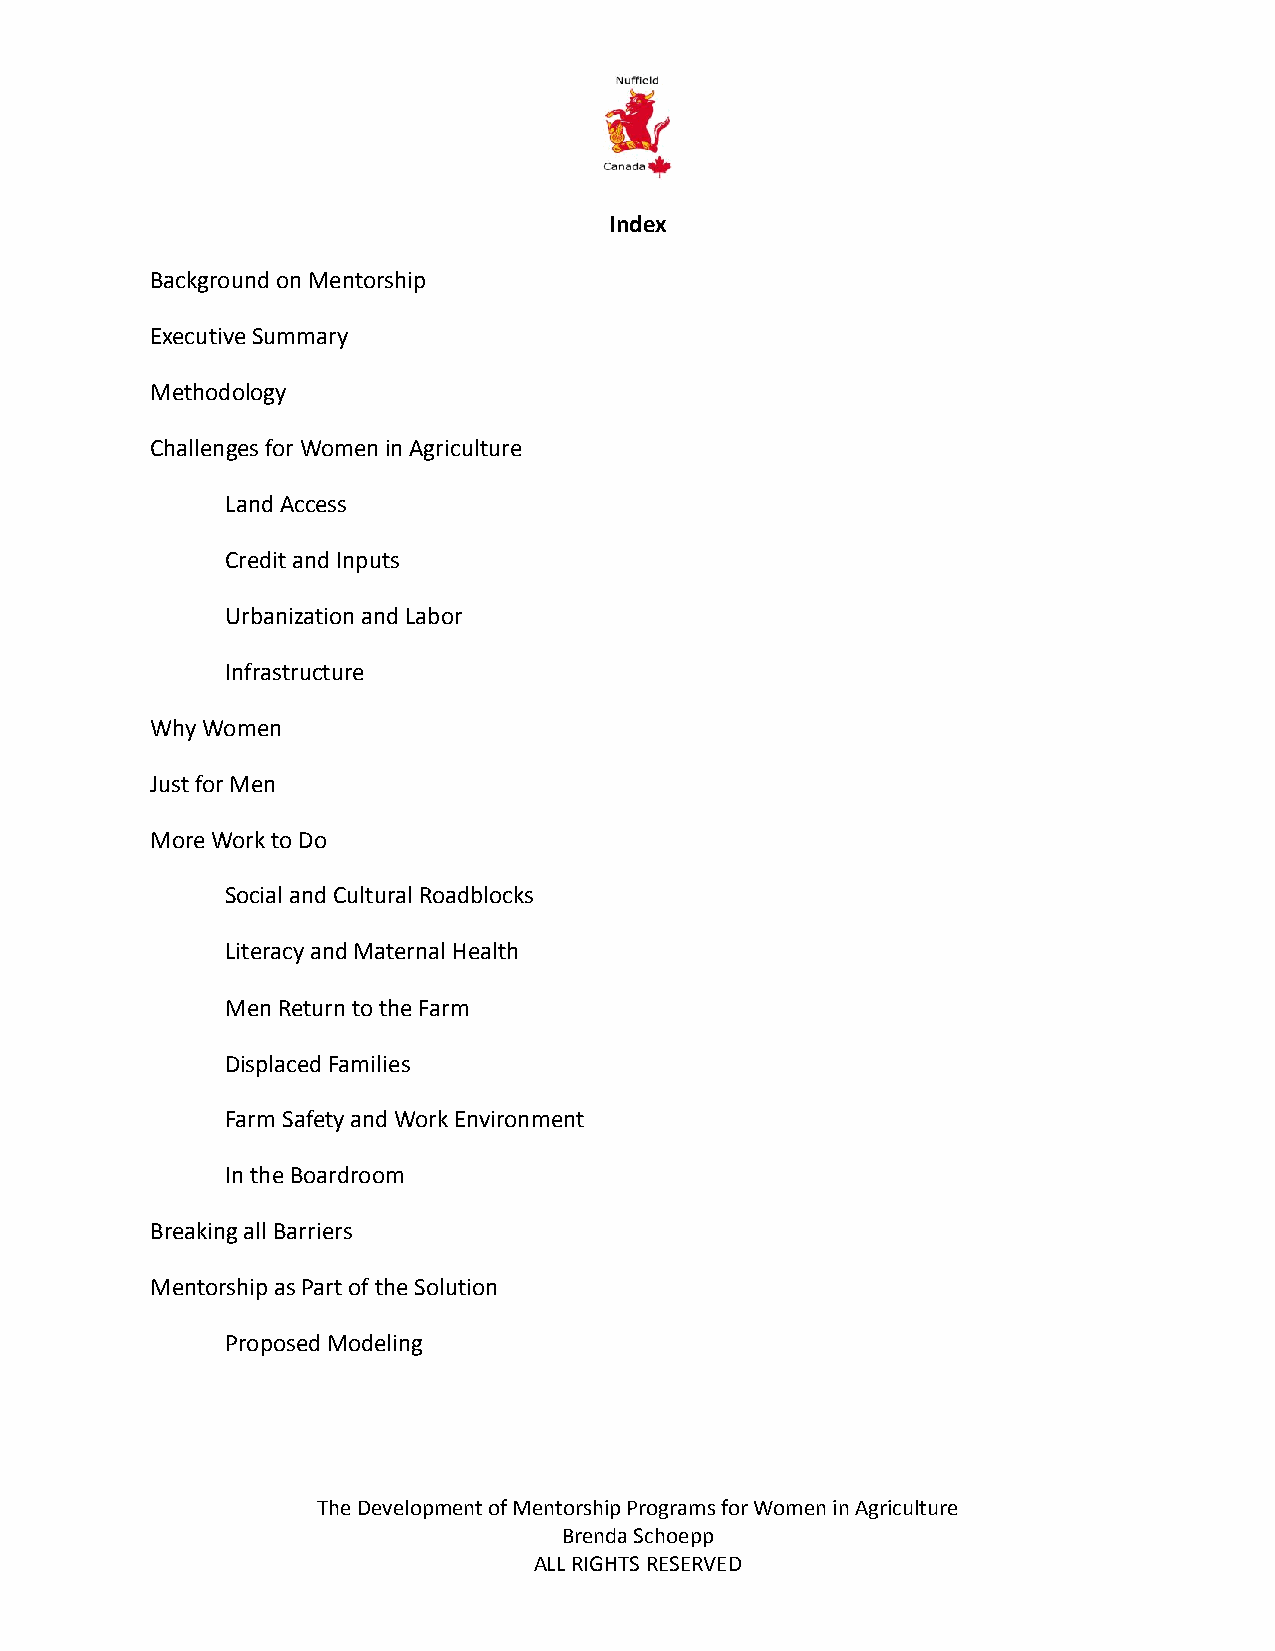
Index
 Background on Mentorship
 Executive Summary
 Methodology
 Challenges for Women in Agriculture
 Land Access
 Credit and Inputs
 Urbanization and Labor
 Infrastructure
 Why Women
 Just for Men
 More Work to Do
 Social and Cultural Roadblocks
 Literacy and Maternal Health
 Men Return to the Farm
 Displaced Families
 Farm Safety and Work Environment
 In the Boardroom
 Breaking all Barriers
 Mentorship as Part of the Solution
 Proposed Modeling
 The Development of Mentorship Programs for Women in Agriculture
 Brenda Schoepp
 ALL RIGHTS RESERVED